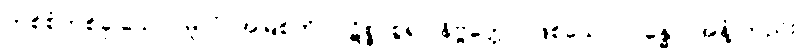
တစ်စုံတစ်ခု သော။ မူလံ၊ အမြစ်ကို။ ပဋိစ္စ၊ စွဲ၍။ နိဗ္ဗတ္တော၊ ဖြစ်သော။ ဂန္ဓော၊ အနံ့ တည်း။